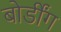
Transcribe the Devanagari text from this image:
बोर्डींग